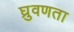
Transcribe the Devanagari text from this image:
घ्रुवणता